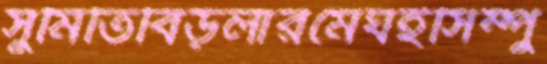
সুমিতিবিড়লারমেঘইসিম্পু